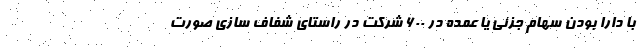
با دارا بودن سهام جزئی یا عمده در ۶۰۰ شرکت در راستای شفاف سازی صورت